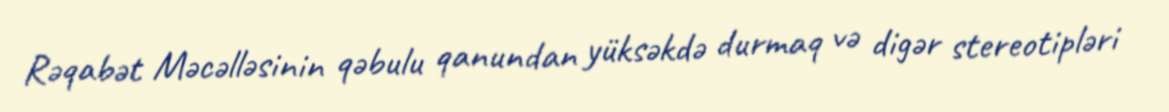
Rəqabət Məcəlləsinin qəbulu qanundan yüksəkdə durmaq və digər stereotipləri